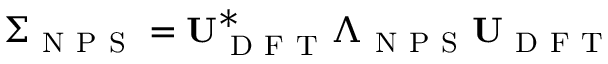
\boldsymbol { \Sigma } _ { \mathrm { ~ N ~ P ~ S ~ } } = \mathbf { U } _ { \mathrm { ~ D ~ F ~ T ~ } } ^ { * } \boldsymbol { \Lambda } _ { \mathrm { ~ N ~ P ~ S ~ } } \mathbf { U } _ { \mathrm { ~ D ~ F ~ T ~ } }